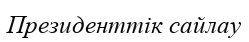
Президенттік сайлау